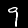
Digit: 9